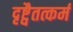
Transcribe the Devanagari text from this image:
दृष्ट्वैतत्कर्म